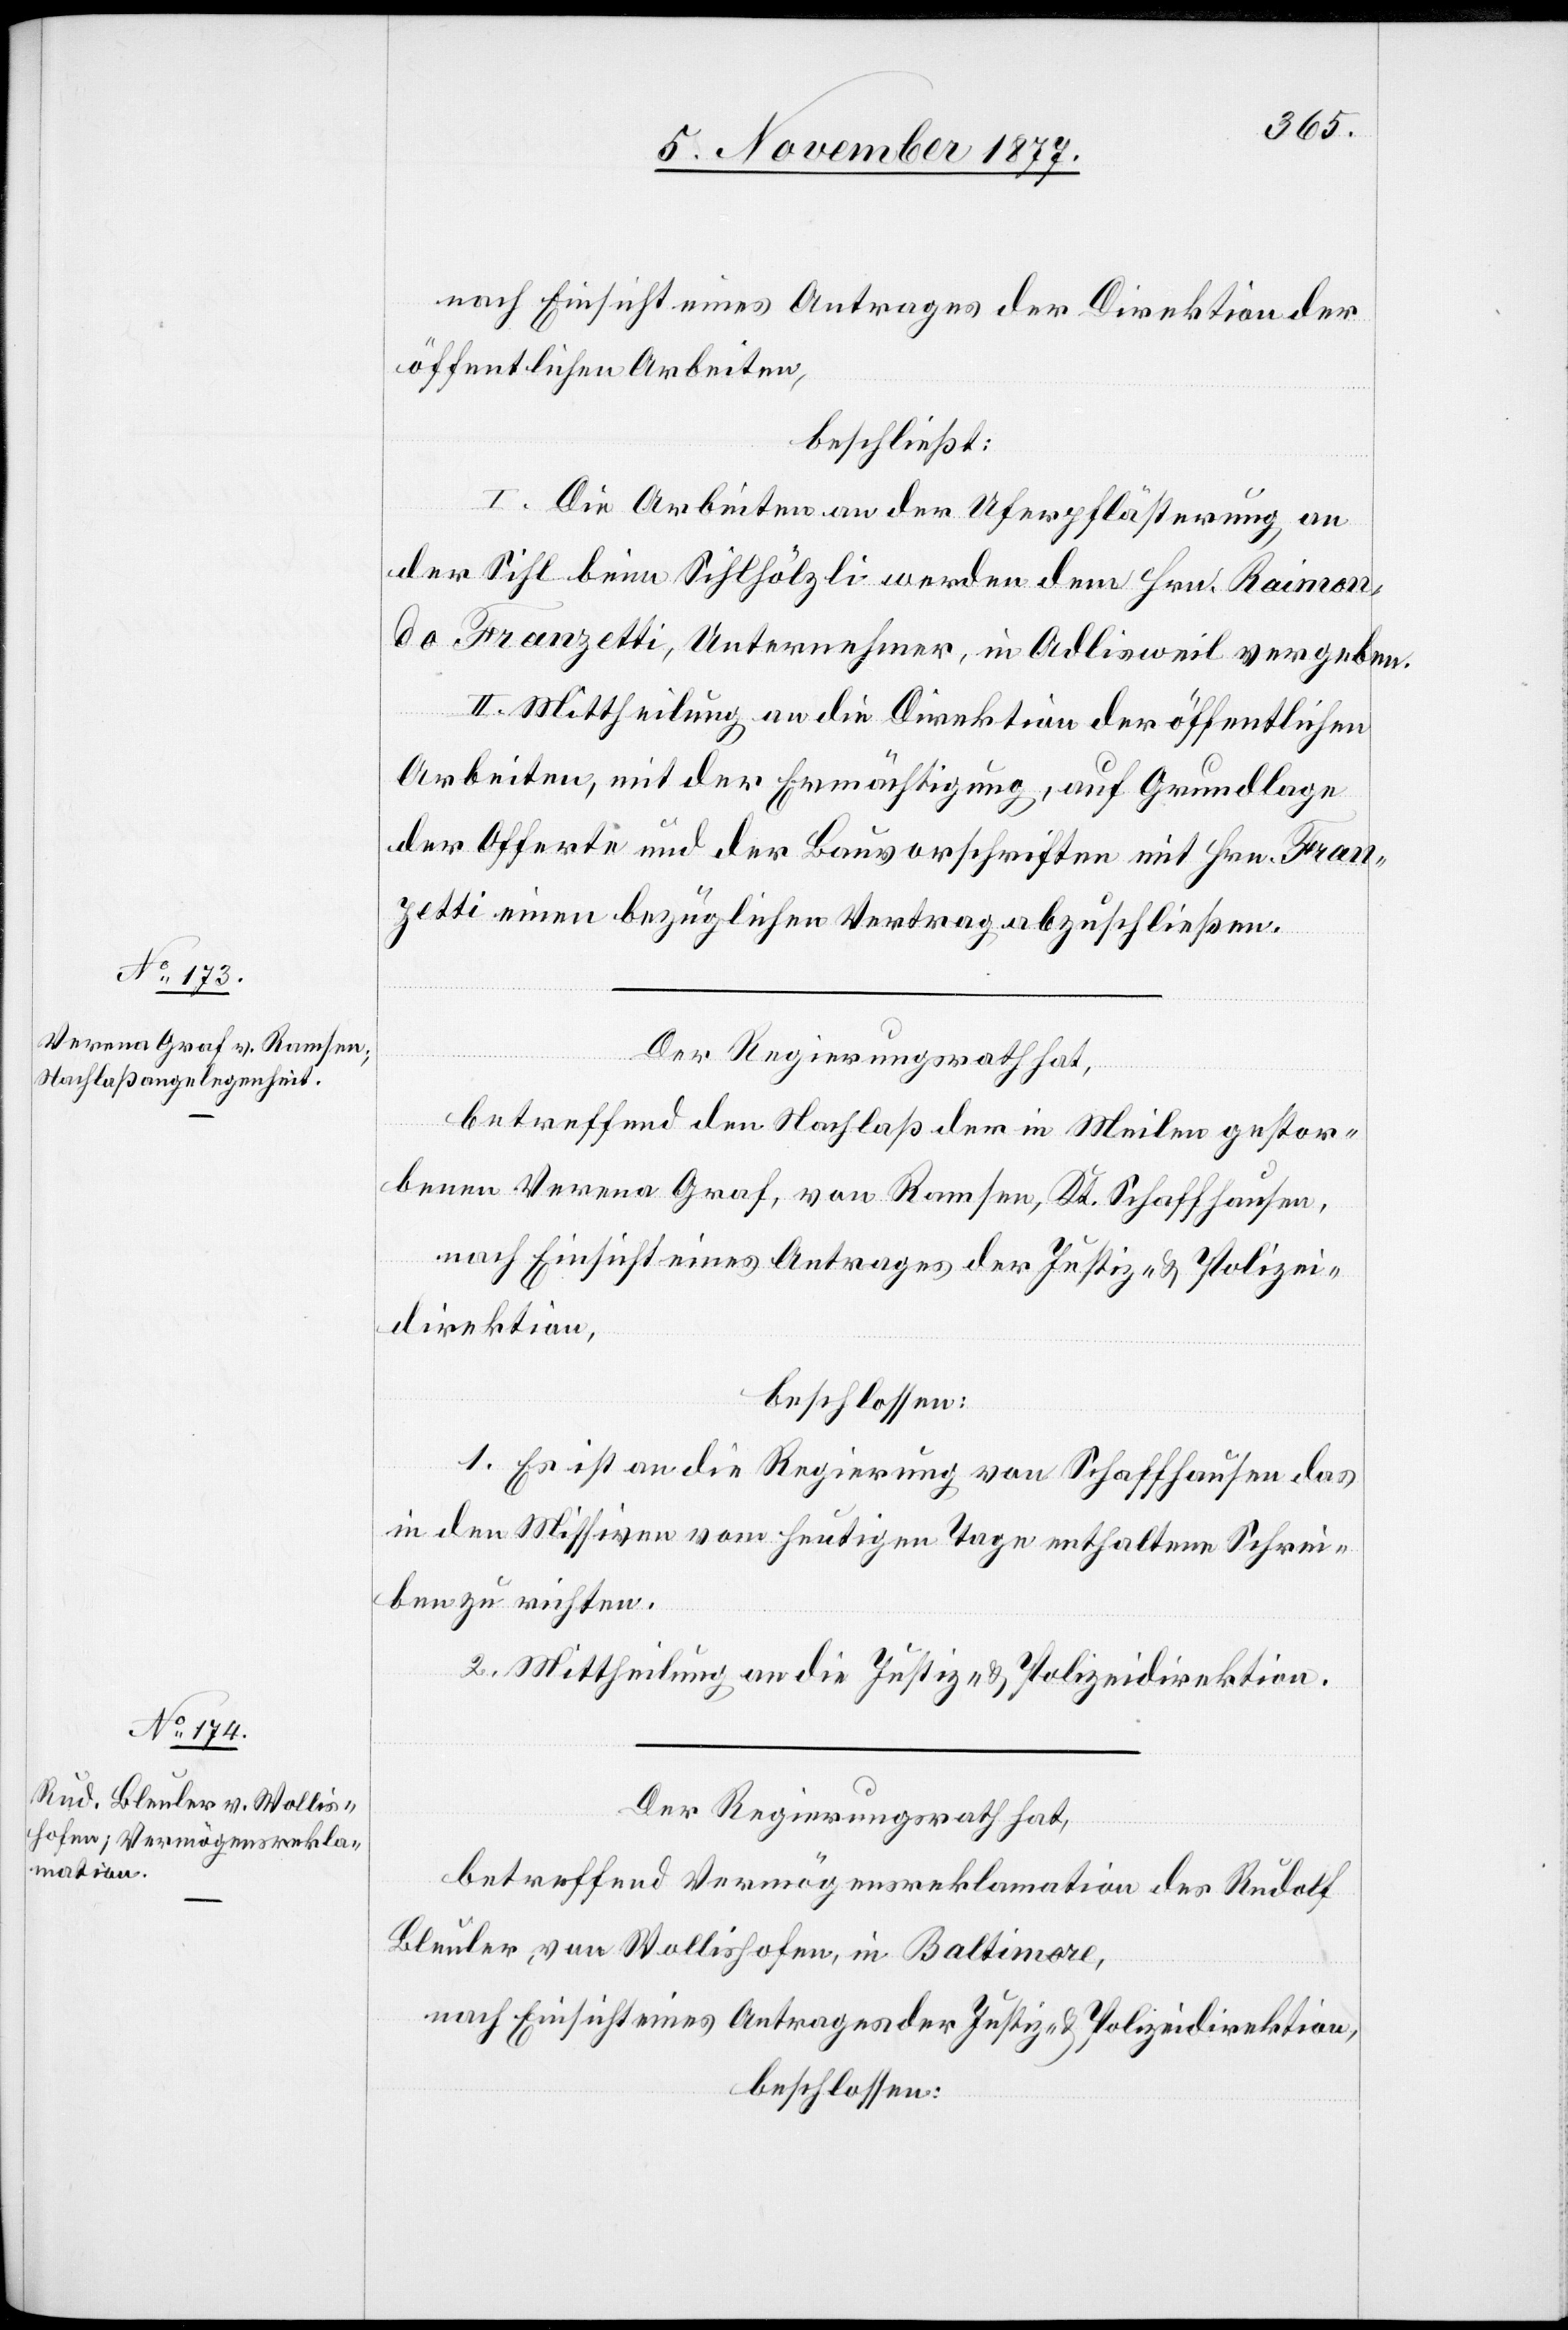
6. November 1877.]
nach Einsicht eines Antrages der Direktion der
öffentlichen Arbeiten,
beschließt:
I. Die Arbeiten an der Uferpflästerung an
der Sihl beim Sihlhölzli werden dem Hrn. Raimon¬
do Franzetti, Unternehmer, in Adlisweil vergeben.
II. Mittheilung an die Direktion der öffentlichen
Arbeiten, mit der Ermächtigung, auf Grundlage
der Offerte und der Bauvorschriften mit Hrn. Fran¬
zetti einen bezüglichen Vertrag abzuschließen.
Der Regierungsrath hat,
betreffend den Nachlaß der in Meilen gestor¬
benen Verena Graf, von Ramsen, Kt. Schaffhausen,
1. Es ist an die Regierung von Schaffhausen das
in den Missiven vom heutigen Tage enthaltene Schrei¬
ben zu richten.
2. Mittheilung an die Justiz- & Polizeidirektion.
Der Regierungsrath hat,
betreffend Vermögensreklamation des Rudolf
Bleuler, von Wollishofen, in Baltimore,
nach Einsicht eines Antrages der Justiz- & Polizeidirektion,
beschlossen: